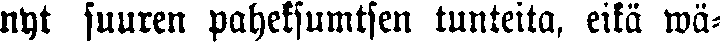
nyt suuren paheksumisen tunteita, eikä wä-